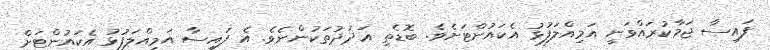
ފައިސާ ޖަމާކުރައްވަނީ އަމިއްލަފުޅު އެކައުންޓަށެވެ. ބޮޑެތި ޢަދަދުތަކުންނެވެ. އެ ފައިސާ އަމިއްލަފުޅު އެކައުންޓަށް